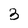
Character: 3